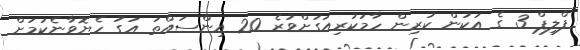
ފްލިޕް 3 ގެ އަކުން ކުރިން ހާމަކުރިއަގަށްވުރެ 20 އިންސައްތަ އަގު ހެޔޮވާނެކަމަށް